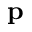
{ \mathbf p }